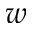
w